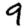
Digit: 9